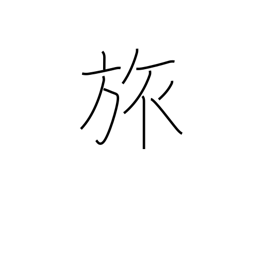
Meaning: travel